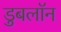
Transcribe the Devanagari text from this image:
डुबलॉन